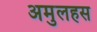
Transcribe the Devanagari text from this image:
अमुलहस